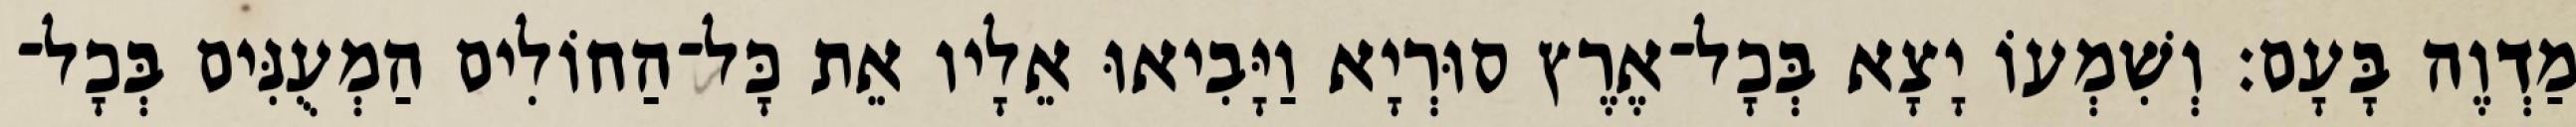
מַדְוֶה בָּעָם׃ וְשִׁמְעוֹ יָצָא בְּכָל־אֶרֶץ סוּרְיָא וַיָּבִיאוּ אֵלָיו אֵת כָּל־הַחוֹלִים הַמְעֻנִּים בְּכָל־